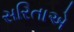
સરિતાએ